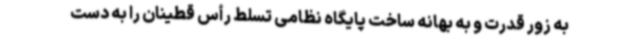
به زور قدرت و به بهانه ساخت پایگاه نظامی تسلط رأس قطینان را به دست